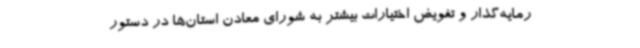
رمایه‌گذار و تفویض اختیارات بیشتر به شورای معادن استان‌ها در دستور